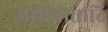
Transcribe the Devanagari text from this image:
आमवातादि